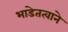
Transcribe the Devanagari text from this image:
भाडेतत्वाने